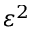
\varepsilon ^ { 2 }